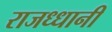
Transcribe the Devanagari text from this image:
राजध्धानी